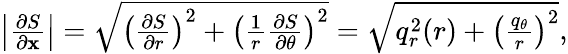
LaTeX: \begin{array}{r}{\left|\frac{\partial S}{\partial\mathbf{x}}\right|=\sqrt{\left(\frac{\partial S}{\partial r}\right)^{2}+\left(\frac{1}{r}\frac{\partial S}{\partial\theta}\right)^{2}}=\sqrt{q_{r}^{2}(r)+\left(\frac{q_{\theta}}{r}\right)^{2}},}\end{array}